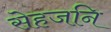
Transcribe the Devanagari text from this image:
सेहजनि